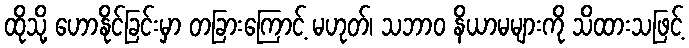
ထိုသို့ ဟောနိုင်ခြင်းမှာ တခြားကြောင့် မဟုတ်၊ သဘာဝ နိယာမများကို သိထားသဖြင့်